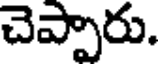
చెప్పారు.